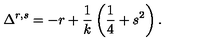
\Delta ^ { r , s } = - r + \frac 1 k \left( \frac 1 4 + s ^ { 2 } \right) .